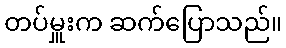
တပ်မှူးက ဆက်ပြောသည်။